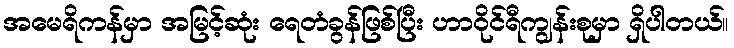
အမေရိကန်မှာ အမြင့်ဆုံး ရေတံခွန်ဖြစ်ပြီး ဟာဝိုင်ရီကျွန်းစုမှာ ရှိပါတယ်။